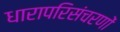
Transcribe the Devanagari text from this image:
धारापरिसंचरणों